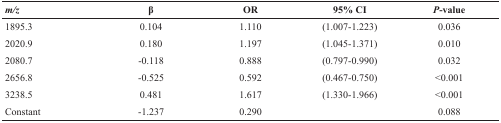
<table><thead><tr><td><b><i>m/z</i></b></td><td><b>β</b></td><td><b>OR</b></td><td><b>95% CI</b></td><td><b><i>P</i>-value</b></td></tr></thead><tbody><tr><td>1895.3</td><td>0.104</td><td>1.110</td><td>(1.007-1.223)</td><td>0.036</td></tr><tr><td>2020.9</td><td>0.180</td><td>1.197</td><td>(1.045-1.371)</td><td>0.010</td></tr><tr><td>2080.7</td><td>-0.118</td><td>0.888</td><td>(0.797-0.990)</td><td>0.032</td></tr><tr><td>2656.8</td><td>-0.525</td><td>0.592</td><td>(0.467-0.750)</td><td>&lt;0.001</td></tr><tr><td>3238.5</td><td>0.481</td><td>1.617</td><td>(1.330-1.966)</td><td>&lt;0.001</td></tr><tr><td>Constant</td><td>-1.237</td><td>0.290</td><td></td><td>0.088</td></tr></tbody></table>